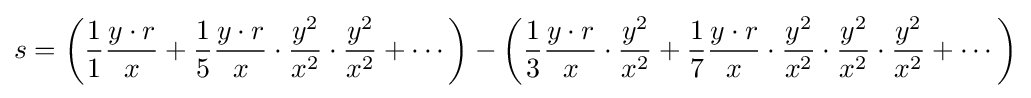
s=\left({\frac {1}{1}}{\frac {y\cdot r}{x}}+{\frac {1}{5}}{\frac {y\cdot r}{x}}\cdot {\frac {y^{2}}{x^{2}}}\cdot {\frac {y^{2}}{x^{2}}}+\cdots \right)-\left({\frac {1}{3}}{\frac {y\cdot r}{x}}\cdot {\frac {y^{2}}{x^{2}}}+{\frac {1}{7}}{\frac {y\cdot r}{x}}\cdot {\frac {y^{2}}{x^{2}}}\cdot {\frac {y^{2}}{x^{2}}}\cdot {\frac {y^{2}}{x^{2}}}+\cdots \right)